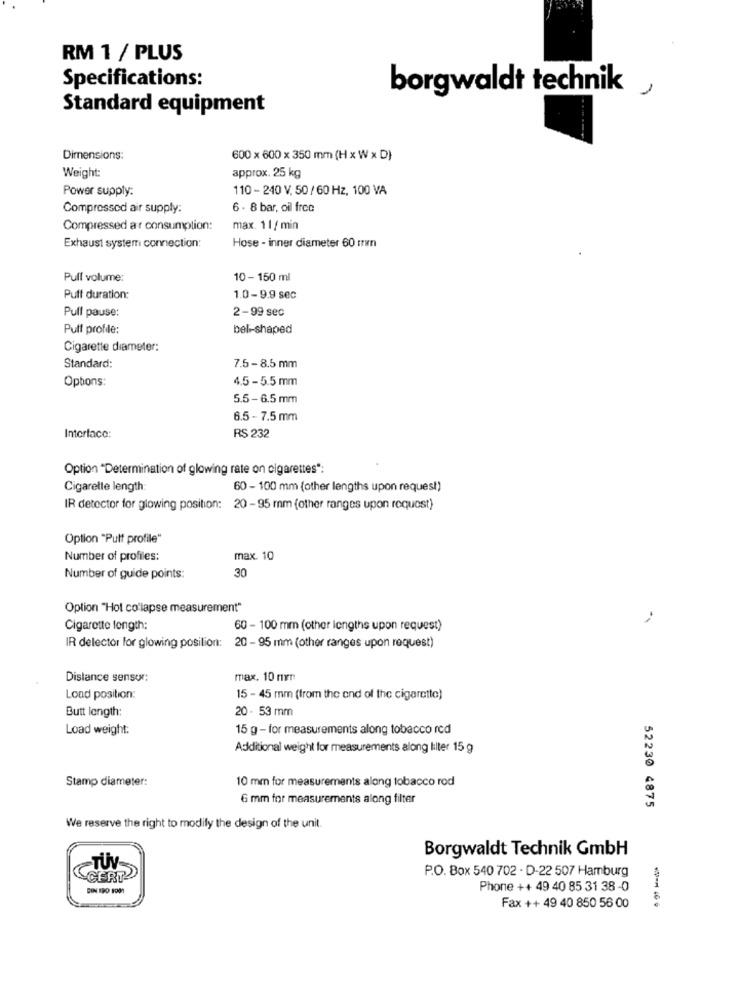
RM 1 / PLUS
Specifications:
borgwaldt technik
Standard equipment
Dimensions:
600 x 600 × 350 mm (H x W x D)
Weight:
approx. 25 kg
Power supply:
110 - 240 V, 50 / 60 Hz, 100 VA
Compressed air supply:
6 - 8 bar, oil free
Compressed ar consumption:
max. 11/ min
Exhaust system connection:
Hose - inner diameter 60 cm
Pull volume:
10 - 150 ml
Puff duration:
1.0-9.9 sec
Pull pause:
2-99 sec
Puff profile:
bel-shaped
Cigarette diameter:
Standard:
7.5-8.5 mm
Options:
4.5 -5.5 mm
5.5- 6.5 mm
6.5 - 7.5 mm
Interface:
RS 232
Option "Determination of glowing rate on cigarettes":
Cigarette length:
60 - 100 mm (other lengths upon request)
IR detector for glowing position: 20-95 mm (other ranges upon request)
Option "Putt profile"
Number of profiles:
max. 10
30
Number of guide points:
Option "Hot co'lapse measurement"
Cigarette length:
60 - 100 mm (other lengths upon request)
IR delector for glowing posilion: 20 - 95 mm (other ranges upon request)
Distance sensor:
max. 10 nr:
Load position:
15 - 45 mm (from the end of the cigarette)
Butt length:
20 - 53 mm
Load weight:
15 g - for measurements along tobacco red
Additional weight for measurements along lilter 15 g
Stamp diameter:
10 mm for measurements along tobacco rod
6 mm for measurements along filter
52230 4875
We reserve the right to modify the design of the unit.
Borgwaldt Technik Gmbh
TUV
GERT
P.O. Box 540 702 - D-22 507 Hamburg
BIN IPO FON
Phone ++ 49 40 85 31 38 -0
Fax ++ 49 40 850 56 00
---